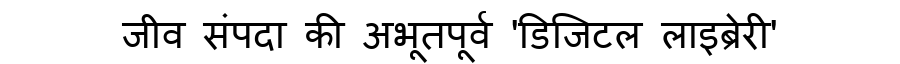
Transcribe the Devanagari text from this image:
जीव संपदा की अभूतपूर्व 'डिजिटल लाइब्रेरी'